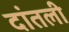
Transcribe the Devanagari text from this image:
दांतली